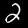
Digit: 2